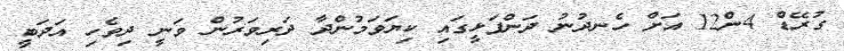
ގުރޭޑް 4ން12 އަށް ހެނދުނު ދަންފަޅީގައި ކިޔަވަމުންދާ ދަރިވަރުން ވަނީ ދިވެހި އަދަބީ